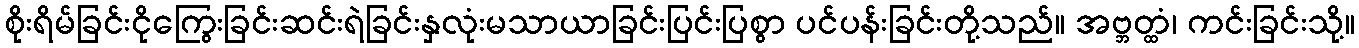
စိုးရိမ်ခြင်းငိုကြွေးခြင်းဆင်းရဲခြင်းနှလုံးမသာယာခြင်းပြင်းပြစွာ ပင်ပန်းခြင်းတို့သည်။ အဗ္ဘတ္ထံ၊ ကင်းခြင်းသို့။